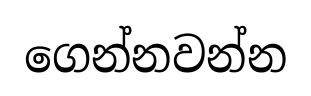
ගෙන්නවන්න